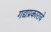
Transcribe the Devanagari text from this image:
गद्यप्रकाराचे